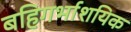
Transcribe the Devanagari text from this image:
बहिगर्भाशयिक